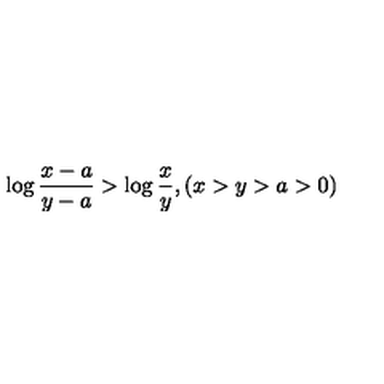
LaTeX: \log \frac { x - a } { y - a } > \log \frac { x } { y } , ( x > y > a > 0 )